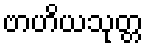
ဗာဟိယသုတ္တ